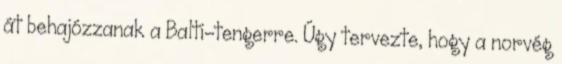
át behajózzanak a Balti-tengerre. Úgy tervezte, hogy a norvég